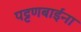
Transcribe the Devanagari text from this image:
पट्टणबाईंना